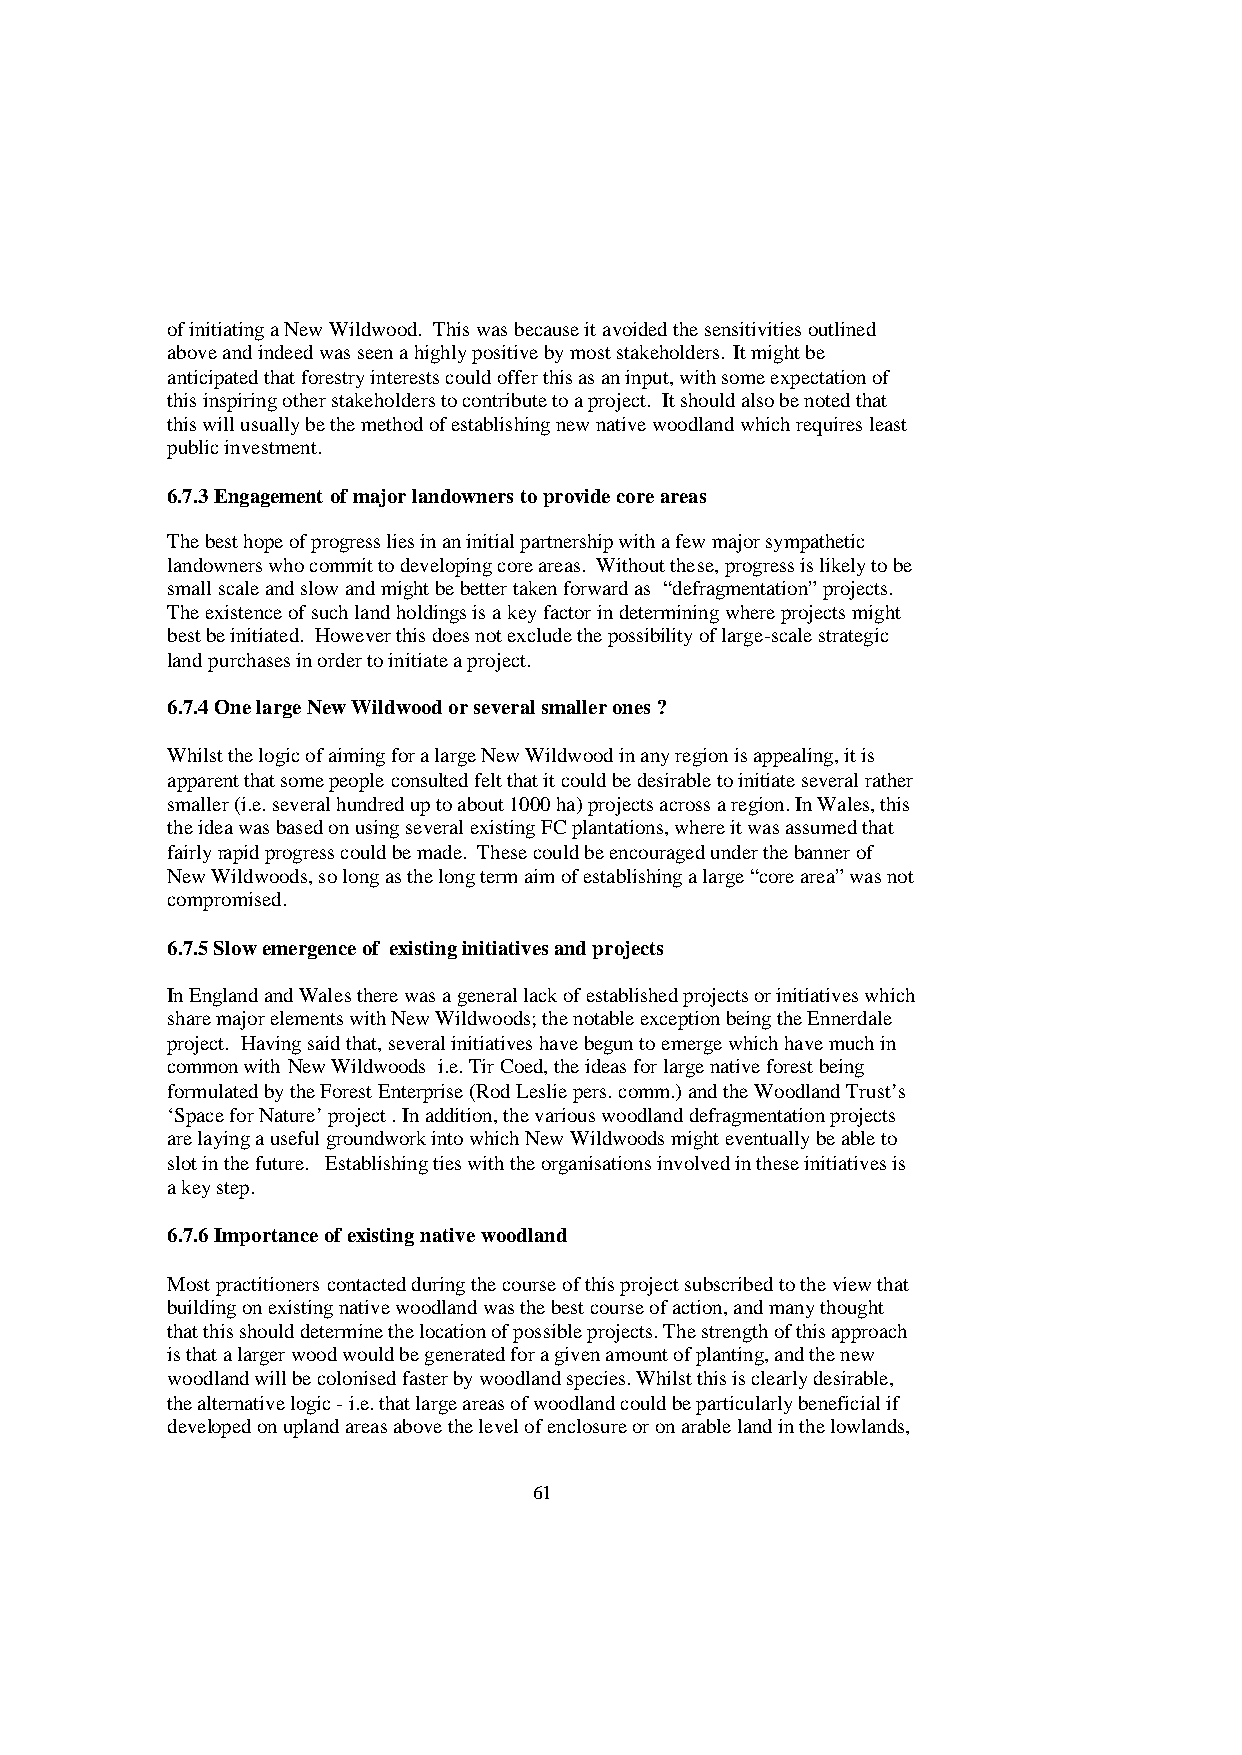
of initiating a New Wildwood. This was because it avoided the sensitivities outlined
 above and indeed was seen a highly positive by most stakeholders. It might be
 anticipated that forestry interests could offer this as an input, with some expectation of
 this inspiring other stakeholders to contribute to a project. It should also be noted that
 this will usually be the method of establishing new native woodland which requires least
 public investment.
 6.7.3 Engagement of major landowners to provide core areas
 The best hope of progress lies in an initial partnership with a few major sympathetic
 landowners who commit to developing core areas. Without these, progress is likely to be
 small scale and slow and might be better taken forward as “defragmentation” projects.
 The existence of such land holdings is a key factor in determining where projects might
 best be initiated. However this does not exclude the possibility of large-scale strategic
 land purchases in order to initiate a project.
 6.7.4 One large New Wildwood or several smaller ones ?
 Whilst the logic of aiming for a large New Wildwood in any region is appealing, it is
 apparent that some people consulted felt that it could be desirable to initiate several rather
 smaller (i.e. several hundred up to about 1000 ha) projects across a region. In Wales, this
 the idea was based on using several existing FC plantations, where it was assumed that
 fairly rapid progress could be made. These could be encouraged under the banner of
 New Wildwoods, so long as the long term aim of establishing a large “core area” was not
 compromised.
 6.7.5 Slow emergence of existing initiatives and projects
 In England and Wales there was a general lack of established projects or initiatives which
 share major elements with New Wildwoods; the notable exception being the Ennerdale
 project. Having said that, several initiatives have begun to emerge which have much in
 common with New Wildwoods i.e. Tir Coed, the ideas for large native forest being
 formulated by the Forest Enterprise (Rod Leslie pers. comm.) and the Woodland Trust’s
 ‘Space for Nature’ project . In addition, the various woodland defragmentation projects
 are laying a useful groundwork into which New Wildwoods might eventually be able to
 slot in the future. Establishing ties with the organisations involved in these initiatives is
 a key step.
 6.7.6 Importance of existing native woodland
 Most practitioners contacted during the course of this project subscribed to the view that
 building on existing native woodland was the best course of action, and many thought
 that this should determine the location of possible projects. The strength of this approach
 is that a larger wood would be generated for a given amount of planting, and the new
 woodland will be colonised faster by woodland species. Whilst this is clearly desirable,
 the alternative logic - i.e. that large areas of woodland could be particularly beneficial if
 developed on upland areas above the level of enclosure or on arable land in the lowlands,
 61